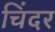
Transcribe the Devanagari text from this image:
चिंदर